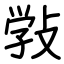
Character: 敩